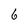
Character: 6